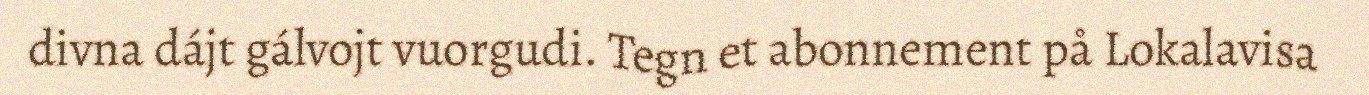
divna dájt gálvojt vuorgudi. Tegn et abonnement på Lokalavisa